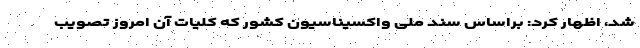
شد، اظهار کرد: براساس سند ملی واکسیناسیون کشور که کلیات آن امروز تصویب